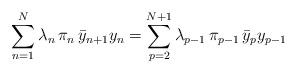
LaTeX: \begin{align*}\sum_{n=1}^{N}\lambda_{n}\,\pi_n\,\bar y_{n+1}y_{n}=\sum_{p=2}^{N+1}\lambda_{p-1}\,\pi_{p-1}\,\bar y_{p}y_{p-1}\end{align*}